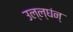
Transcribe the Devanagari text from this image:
उल्ल्घंन्